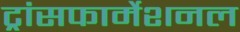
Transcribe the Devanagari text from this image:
ट्रांसफार्मेशनल